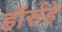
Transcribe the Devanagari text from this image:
हॉर्सहे